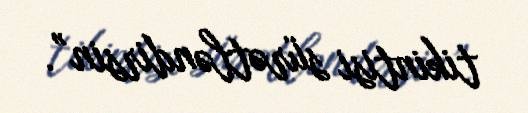
tikintisi sürətləndirsin”.